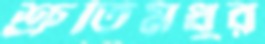
শ্রুতিমধুর